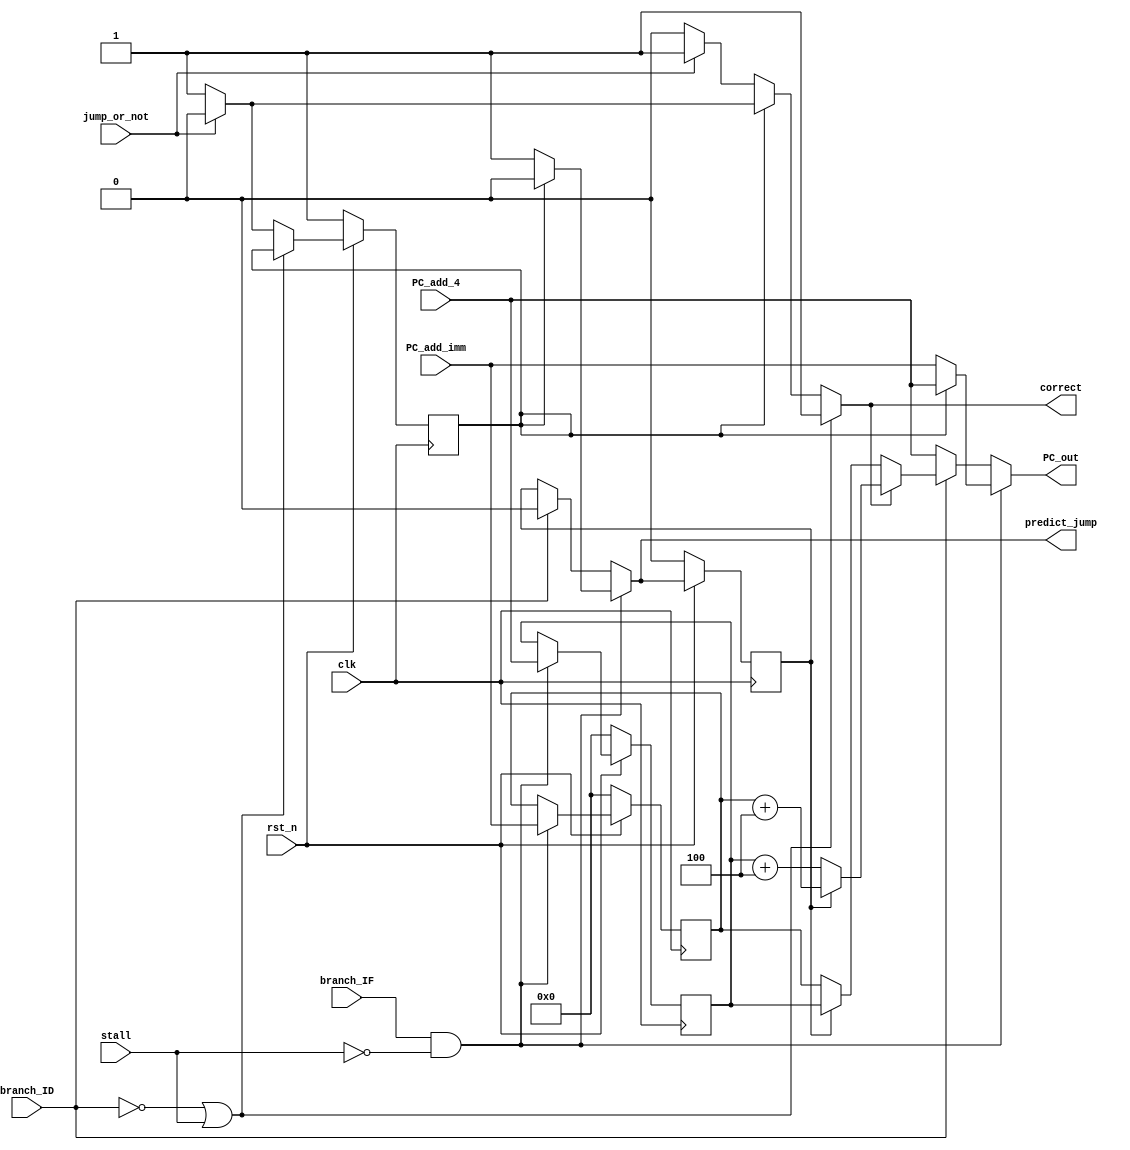
module Branch_Prediction(
	clk,
	rst_n,
	jump_or_not,
	branch_IF,
	branch_ID,
	PC_add_imm,
	PC_add_4,
	PC_out,
	correct,
	predict_jump,
	stall
	);
/*
This function only runs when the branch signal equal to 1 and it will give out
prediction to branch or not to branch immediately. 
*/
input clk, rst_n;
input jump_or_not; 		// equal == 1 jump, equal == 0 not jump 
input branch_IF; 				// branch siganl 
input branch_ID;
input [31:0] PC_add_4, PC_add_imm ;
output reg [31:0] PC_out; 	// output signal ask the module to jump 
output reg correct ;
output predict_jump ;
input stall ;

reg state, state_nxt;
reg [31:0] PC_add_4_n, PC_add_4_nxt ;
reg [31:0] PC_add_imm_n, PC_add_imm_nxt ;
reg predict_jump_n, predict_jump_nxt ;
assign predict_jump = predict_jump_nxt;

localparam take     	= 2'b00; //jump
localparam not_take     = 2'b01; //not jump

// current state 
always@(*) 
begin
	state_nxt = take ; 
	correct = 1 ;
	if ( branch_ID == 0 || stall == 1 )
	begin
		state_nxt = state ;
		correct = 1 ;
	end
	else 
	begin
		if (state == take)
		begin
			if (jump_or_not == 1) // jump
			begin
				state_nxt = take;
			end
			else 
			begin
				state_nxt = not_take;
				correct = 0 ;
			end
		end
		else if (state == not_take) 
		begin
			if (jump_or_not == 1) // jump
			begin
				state_nxt = take;
				correct = 0 ;
			end
			else 
			begin
				state_nxt = not_take;
			end
		end
		else 
		begin
			state_nxt = take;
		end
	end
end

// combination circuit deal with PC_out
always @(*) 
begin
	PC_add_imm_nxt = PC_add_imm_n ;
	PC_add_4_nxt = PC_add_4_n ; 
	PC_out = 0 ;
	predict_jump_nxt = predict_jump_n ;
	if (branch_IF && stall != 1 )  // Beq have the chances to jump
	begin
		PC_add_imm_nxt = PC_add_imm ;
		PC_add_4_nxt = PC_add_4 ;
		// reset
		if (state == take)
		begin
			PC_out = PC_add_imm ;
			predict_jump_nxt = 1 ;
		end
		else 
		begin
			PC_out = PC_add_4;
			predict_jump_nxt = 0 ;
		end
	end
	else if (branch_ID)
	begin
		predict_jump_nxt = 0 ;
		if (correct) //predict correct 
		begin
			if (predict_jump_n == 1)
				PC_out = PC_add_imm_n + 4 ;
			else 
				PC_out = PC_add_4_n + 4;
		end
		else // predict wrong 
		begin
			if (predict_jump_n == 1 )
				PC_out = PC_add_4_n;
			else 
				PC_out = PC_add_imm_n ;
		end
	end
	else 
	begin
		PC_out = PC_add_4 ;
		predict_jump_nxt = predict_jump_n ;
	end
end

// next state 
always @(posedge clk) 
begin
	if (~rst_n) 
	begin
		// reset
		state 			<= not_take ;
		PC_add_imm_n 	<= 0;
		PC_add_4_n 		<= 0;
		predict_jump_n  <= 0;
	end
	else
	begin
		state 			<= state_nxt ;
		PC_add_imm_n 	<= PC_add_imm_nxt ;
		PC_add_4_n 		<= PC_add_4_nxt ;
		predict_jump_n  <= predict_jump_nxt ;
	end
end

endmodule